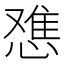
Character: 𫺷